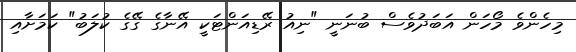
މިހެންވެ މޯހަން އަބަދުވެސް ބުނަނީ "ނިއު ރޭޑިއަންޓަކީ އޭނާގެ ގޭގެ ކުލަބު" ކަމަށާއި